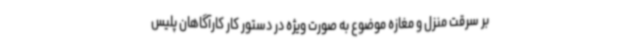
بر سرقت منزل و مغازه موضوع به صورت ویژه در دستور کار کارآگاهان پلیس